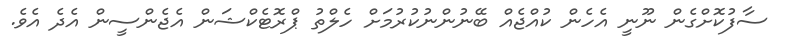
ސާފުކޮށްގެން ނޫނީ އެހެން ކުއްޖެއް ބޭނުންނުކުރުމަށް ހެލްތު ޕްރޮޓެކްޝަން އެޖެންސީން އެދެ އެވެ.